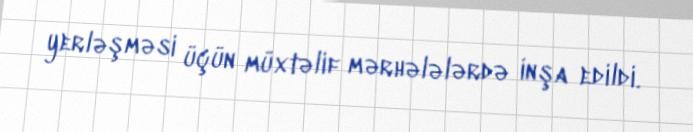
yerləşməsi üçün müxtəlif mərhələlərdə inşa edildi.